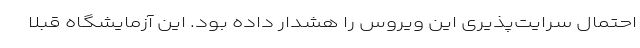
احتمال سرایت‌پذیری این ویروس را هشدار داده بود. این آزمایشگاه قبلا